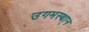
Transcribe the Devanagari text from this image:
उगमस्था्न